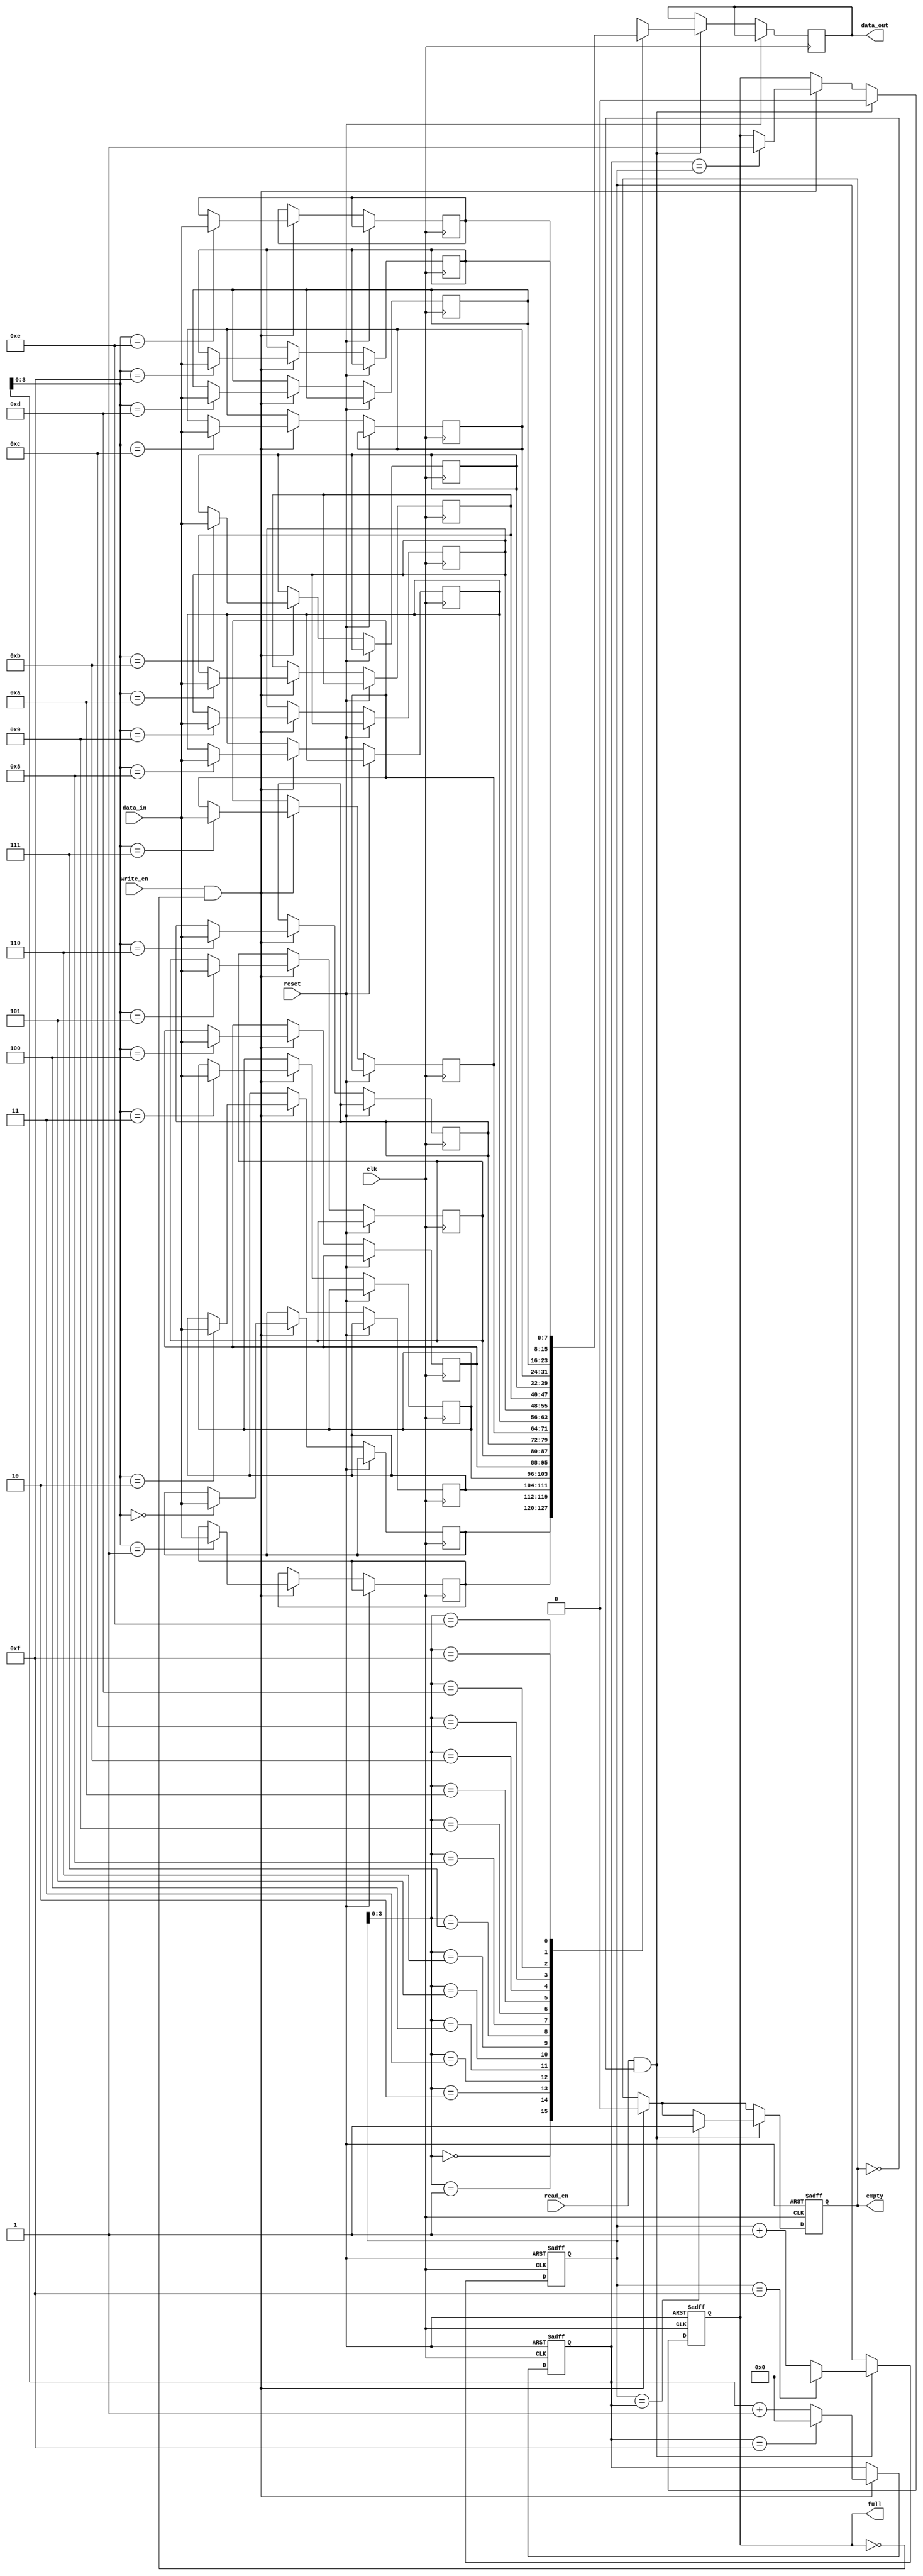
module fifo #(parameter WIDTH = 8, DEPTH = 16)(
    input wire clk,
    input wire reset,
    input wire write_en,
    input wire read_en,
    input wire [WIDTH-1:0] data_in,
    output reg [WIDTH-1:0] data_out,
    output reg full,
    output reg empty
);

reg [WIDTH-1:0] memory[0:DEPTH-1];
reg [WIDTH-1:0] read_pointer;
reg [WIDTH-1:0] write_pointer;

always @(posedge clk or posedge reset) begin
    if(reset) begin
        read_pointer <= 0;
        write_pointer <= 0;
        full <= 0;
        empty <= 1;
    end else begin
        if(write_en && !full) begin
            memory[write_pointer] <= data_in;
            write_pointer <= write_pointer + 1;
            if(write_pointer == DEPTH-1) begin
                write_pointer <= 0;
            end
            if(write_pointer == read_pointer) begin
                full <= 1;
            end
            empty <= 0;
        end
        if(read_en && !empty) begin
            data_out <= memory[read_pointer];
            read_pointer <= read_pointer + 1;
            if(read_pointer == DEPTH-1) begin
                read_pointer <= 0;
            end
            if(read_pointer == write_pointer) begin
                empty <= 1;
            end
            full <= 0;
        end
    end
end

endmodule